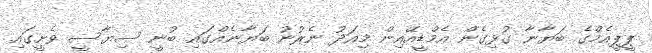
ޕީޕީއެމްގެ ބަޔާނާ ގުޅިގެން އެމްޑީއޭއިން މިއަދު ނެރުނު ބަޔާނެއްގައި ބުނީ ސިޔާސީ ވެށީގައި